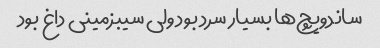
ساندویچ‌ها بسیار سرد بود ولی سیبزمینی داغ بود